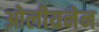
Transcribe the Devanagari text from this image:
ओलीयनेन